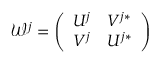
\mathcal { W } ^ { j } = \left( \begin{array} { l l } { U ^ { j } } & { V ^ { j * } } \\ { V ^ { j } } & { U ^ { j * } } \end{array} \right)